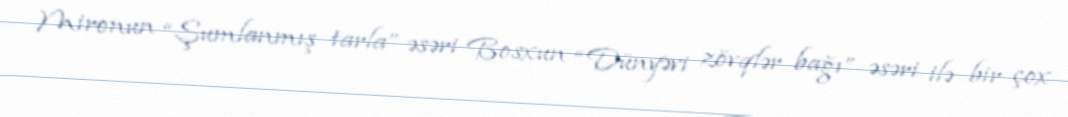
Mironun “Şumlanmış tarla” əsəri Bosxun “Dünyəvi zövqlər bağı” əsəri ilə bir çox